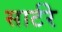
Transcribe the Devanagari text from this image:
सार्टरे